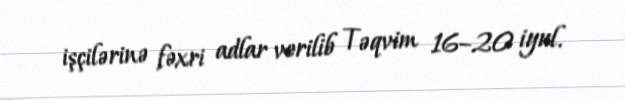
işçilərinə fəxri adlar verilib Təqvim 16–20 iyul.